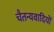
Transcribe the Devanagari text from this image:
चैतन्यवादियों